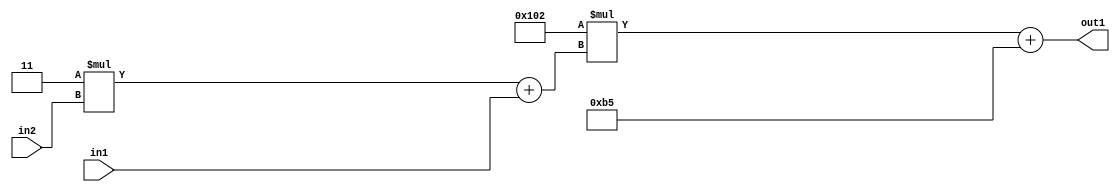
`timescale 1ps / 1ps
/*****************************************************************************
    Verilog RTL Description
    
    
    Created by: Stratus DpOpt 2019.1.01 
*******************************************************************************/

module DC_Filter_Add2i181Mul2i258Add2u1Mul2i3u2_1 (
	in2,
	in1,
	out1
	); /* architecture "behavioural" */ 
input [1:0] in2;
input  in1;
output [11:0] out1;
wire [11:0] asc001;
wire [3:0] asc002;

wire [3:0] asc002_tmp_0;
assign asc002_tmp_0 = 
	+(4'B0011 * in2);
assign asc002 = asc002_tmp_0
	+(in1);

wire [11:0] asc001_tmp_1;
assign asc001_tmp_1 = 
	+(12'B000100000010 * asc002);
assign asc001 = asc001_tmp_1
	+(12'B000010110101);

assign out1 = asc001;
endmodule

/* CADENCE  v7X2TAA= : u9/ySgnWtBlWxVPRXgAZ4Og= ** DO NOT EDIT THIS LINE ******/